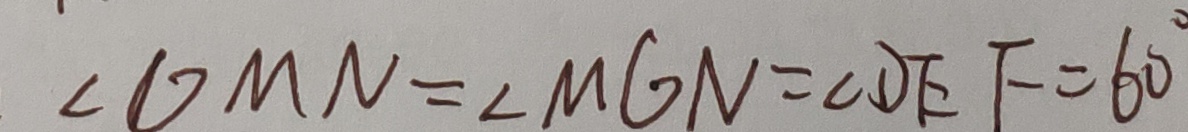
\angle D M N = \angle M G N = \angle D E F = 6 0 ^ { \circ }